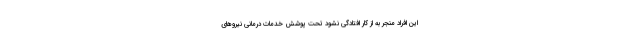
این افراد منجر به از کار افتادگی نشود تحت پوشش خدمات درمانی نیروهای